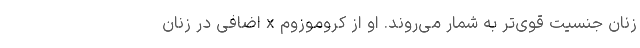
زنان جنسیت قوی‌تر به شمار می‌روند. او از کروموزوم x اضافی در زنان